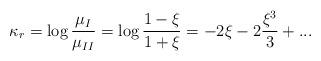
LaTeX: \begin{align*}\kappa_r=\log{\mu_I\over \mu_{II}}=\log{1-\xi\over1+\xi}=-2\xi-2{\xi^3\over 3}+...\end{align*}